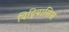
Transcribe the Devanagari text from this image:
पिट्रियासिस